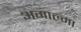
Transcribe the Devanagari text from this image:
अगाल्मा